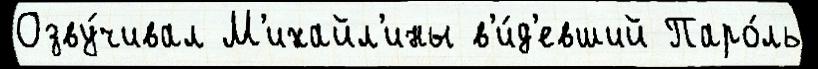
Озву́чивал М'ихайл'ины в'и́д'евший Паро́ль